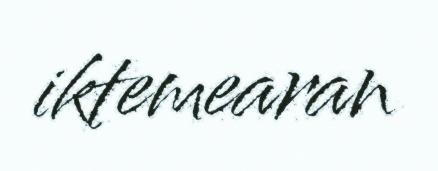
iktemearan